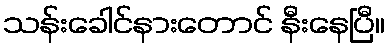
သန်းခေါင်နားတောင် နီးနေပြီ။